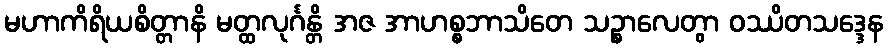
မဟာကိရိယစိတ္တာနိ မတ္ထလုင်္ဂန္တိ အဇ အာဟစ္စဘာသိတေ သဉ္စာလေတွာ ဝဿိတသဒ္ဒေန